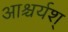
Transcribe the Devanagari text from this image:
आश्चर्यश्